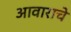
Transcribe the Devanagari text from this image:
आवाराचे